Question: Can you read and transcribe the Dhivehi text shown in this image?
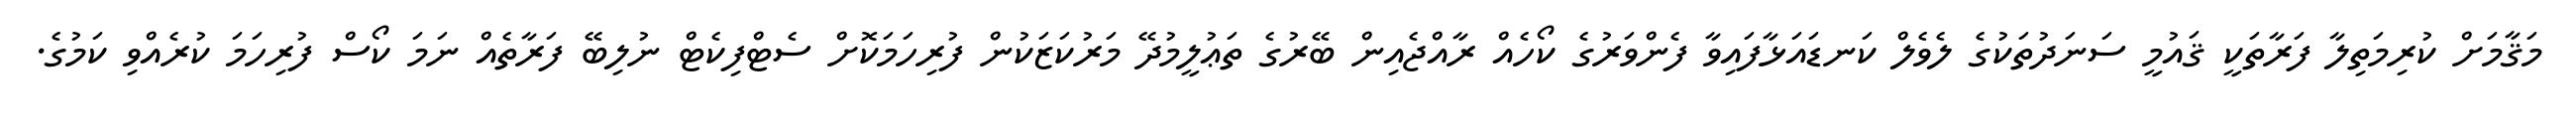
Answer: މަޤާމަށް ކުރިމަތިލާ ފަރާތަކީ ޤައުމީ ސަނަދުތަކުގެ ލެވެލް ކަނޑައަޅާފައިވާ ފެންވަރުގެ ކޯހެއް ރާއްޖެއިން ބޭރުގެ ތަޢުލީމުދޭ މަރުކަޒަކުން ފުރިހަމަކޮށް ސެޓްފިކެޓް ނުލިބޭ ފަރާތެއް ނަމަ ކޯސް ފުރިހަމަ ކުރެއްވި ކަމުގެ.